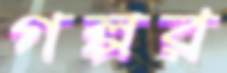
গল্পর